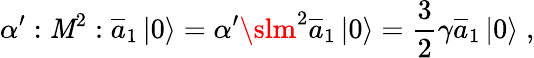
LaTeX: \alpha^{\prime}:{\cal\mathit{M}}^{2}:\overline{{{{a}}}}_{1}\left|0\right\rangle=\alpha^{\prime}{\slm}^{2}\overline{{{{a}}}}_{1}\left|0\right\rangle=\frac{3}{2}\gamma\overline{{{{a}}}}_{1}\left|0\right\rangle\; ,